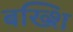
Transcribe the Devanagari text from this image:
बख्शि